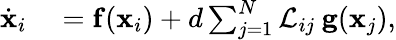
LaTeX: \begin{array}{rl}{\dot{\mathbf{x}}_{i}}&{{}=\mathbf{f}(\mathbf{x}_{i})+d\sum_{j=1}^{N}{\cal L}_{ij}\: \mathbf{g}(\mathbf{x}_{j}),}\end{array}